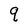
Character: q